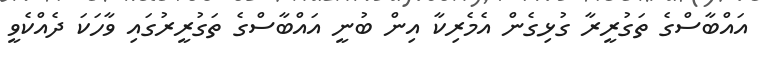
އައްބާސްގެ ތަގުރީރާ ގުޅިގެން އެމެރިކާ އިން ބުނީ އައްބާސްގެ ތަގުރީރުގައި ވާހަކަ ދެއްކެވީ